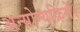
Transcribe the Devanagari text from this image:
अन्योन्यक्रियें।